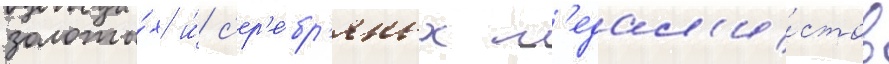
золоты́х и́ с'ер'е́бр'яных м'едал'и́стов